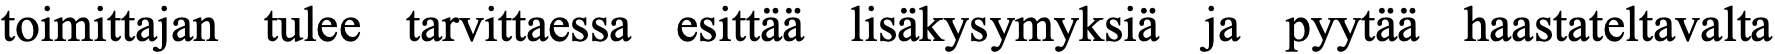
toimittajan tulee tarvittaessa esittää lisäkysymyksiä ja pyytää haastateltavalta